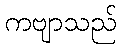
ကဗျာသည်